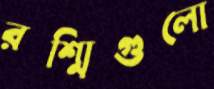
রশ্মিগুলো